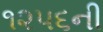
૧૨૫૬ની